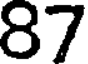
87